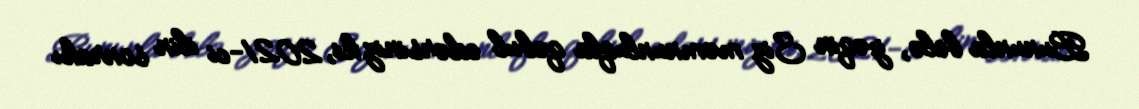
Bununla belə, yəqin Siz məmnunluqla qəbul edərsiniz ki, 2021-ci ilin sonrakı